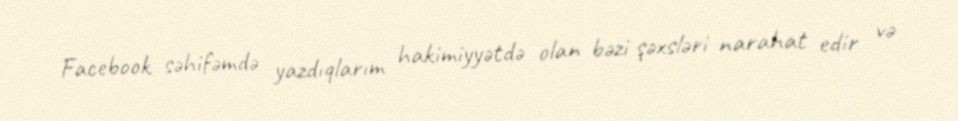
Facebook səhifəmdə yazdıqlarım hakimiyyətdə olan bəzi şəxsləri narahat edir və